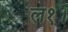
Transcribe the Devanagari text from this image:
ल१।